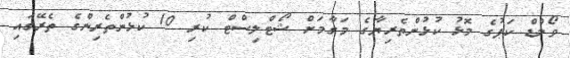
ވޯލްޑް ކަޕުގެ މޮޅު ކުޅުންތެރިޔާގެ މަގާމަށް ޝޯޓްލިސްޓް ކުރި 10 ކުޅުންތެރިންގެ ތެރޭގައި